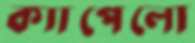
ক্যাপেলো